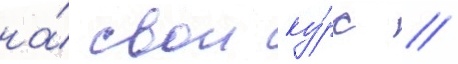
на́ свои ку́рс //